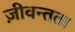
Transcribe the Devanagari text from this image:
ज़ीवन्तता